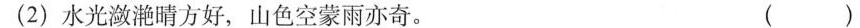
(2)水光潋滟晴方好，山色空蒙雨亦奇。 ()